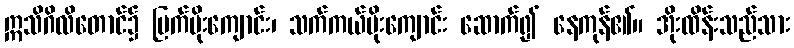
ဣသိဂိလိတောင်၌ မြက်မိုးကျောင်း၊ သက်ကယ်မိုးကျောင်း ဆောက်၍ နေကုန်၏။ အိုးထိန်းသည်သား